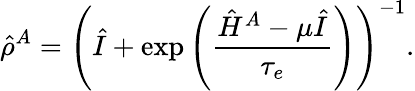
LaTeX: \hat{\rho}^{A}=\left(\hat{I}+\exp\left(\frac{\hat{H}^{A}-\mu\hat{I}}{\tau_{e}}\right)\right)^{-1}.